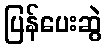
ပြန်ပေးဆွဲ